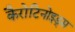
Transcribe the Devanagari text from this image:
कैरोटिनोइड्स